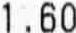
1.60